Madras plague regulations in force outside the Presidency town - Volume 2
Disease focus: Plague
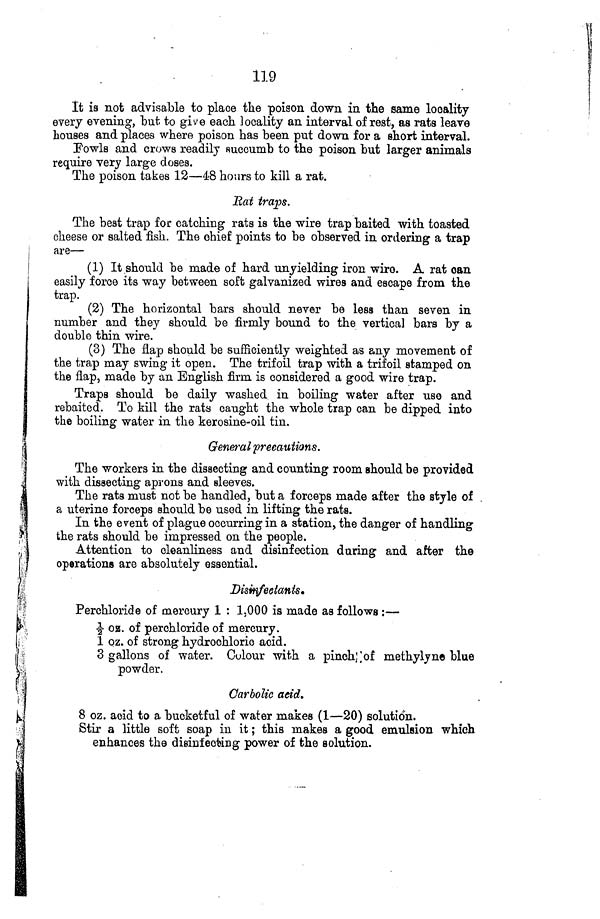
119
It is not advisable to place the poison down in the same locality
every evening, but to give each locality an interval of rest, as rats leave
houses and places where poison has been put down for a short interval.
Fowls and crows readily succumb to the poison but larger animals
require very large doses.
The poison takes 12—48 hours to kill a rat.
Rat traps.
The best trap for catching rats is the wire trap baited with toasted
cheese or salted fish. The chief points to be observed in ordering a trap
are—
(1) It should be made of hard unyielding iron wire. A rat can
easily force its way between soft galvanized wires and escape from the
trap.
(2) The horizontal bars should never be less than seven in
number and they should be firmly bound to the vertical bars by a
double thin wire.
(3) The flap should be sufficiently weighted as any movement of
the trap may swing it open. The trifoil trap with a trifoil stamped on
the flap, made by an English firm is considered a good wire trap.
Traps should be daily washed in boiling water after use and
rebaited. To kill the rats caught the whole trap can be dipped into
the boiling water in the kerosine-oil tin.
General precautions.
The workers in the dissecting and counting room should be provided
with dissecting aprons and sleeves.
The rats must not be handled, but a forceps made after the style of
a uterine forceps should be used in lifting the rats.
In the event of plague occurring in a station, the danger of handling
the rats should be impressed on the people.
Attention to cleanliness and disinfection daring and after the
operations are absolutely essential.
Disinfectants.
Perchloricde of mercury 1 : 1,000 is made as follows :—
1/2 oz. of perchloride of mercury.
1 oz. of strong hydrochloric acid.
3 gallons of water. Colour with a pinch of methylyne blue
powder.
Carbolic acid.
8 oz. acid to a bucketful of water makes (1—20) solution.
Stir a little soft soap in it ; this makes a good emulsion which
enhances the disinfecting power of the solution.